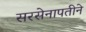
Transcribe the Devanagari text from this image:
सरसेनापतीने